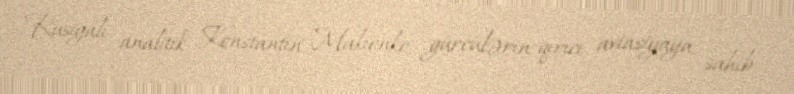
Rusiyalı analitik Konstantin Makienko gürcülərin qırıcı aviasiyaya sahib